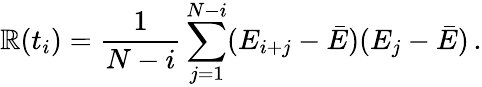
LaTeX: \mathbb{R}(t_{i})=\frac{1}{{N-i}}\sum_{j=1}^{N-i}(E_{i+j}-\bar{{E}})(E_{j}-\bar{{E}})\, .